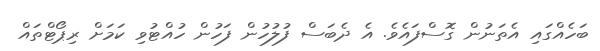
ބަހެއްގައި އެތަނުން ގޮސްފައެވެ. އެ ދެބަސް ފުލުހުން ފަހުން ހުއްޓުވި ކަމަށް ރިޕޯޓްތައް